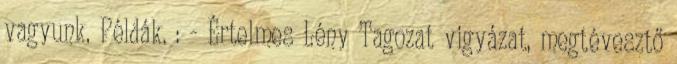
vagyunk. Példák. : - Értelmes Lény Tagozat vigyázat, megtévesztő